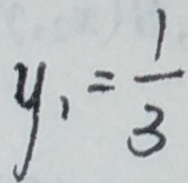
y _ { 1 } = \frac { 1 } { 3 }